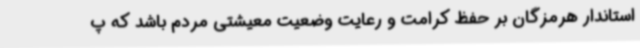
استاندار هرمزگان بر حفظ کرامت و رعایت وضعیت معیشتی مردم باشد که پ